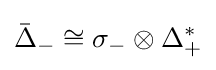
{\bar {\Delta }}_{-}\cong \sigma _{-}\otimes \Delta _{+}^{*}